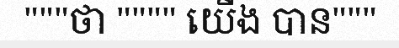
"""ថា """" យើង បាន"""